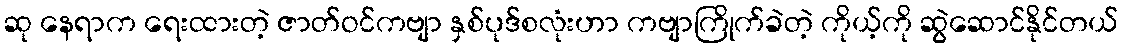
ဆု နေရာက ရေးထားတဲ့ ဇာတ်ဝင်ကဗျာ နှစ်ပုဒ်စလုံးဟာ ကဗျာကြိုက်ခဲတဲ့ ကိုယ့်ကို ဆွဲဆောင်နိုင်တယ်